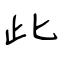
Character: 此